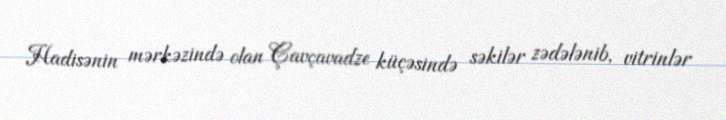
Hadisənin mərkəzində olan Çavçavadze küçəsində səkilər zədələnib, vitrinlər